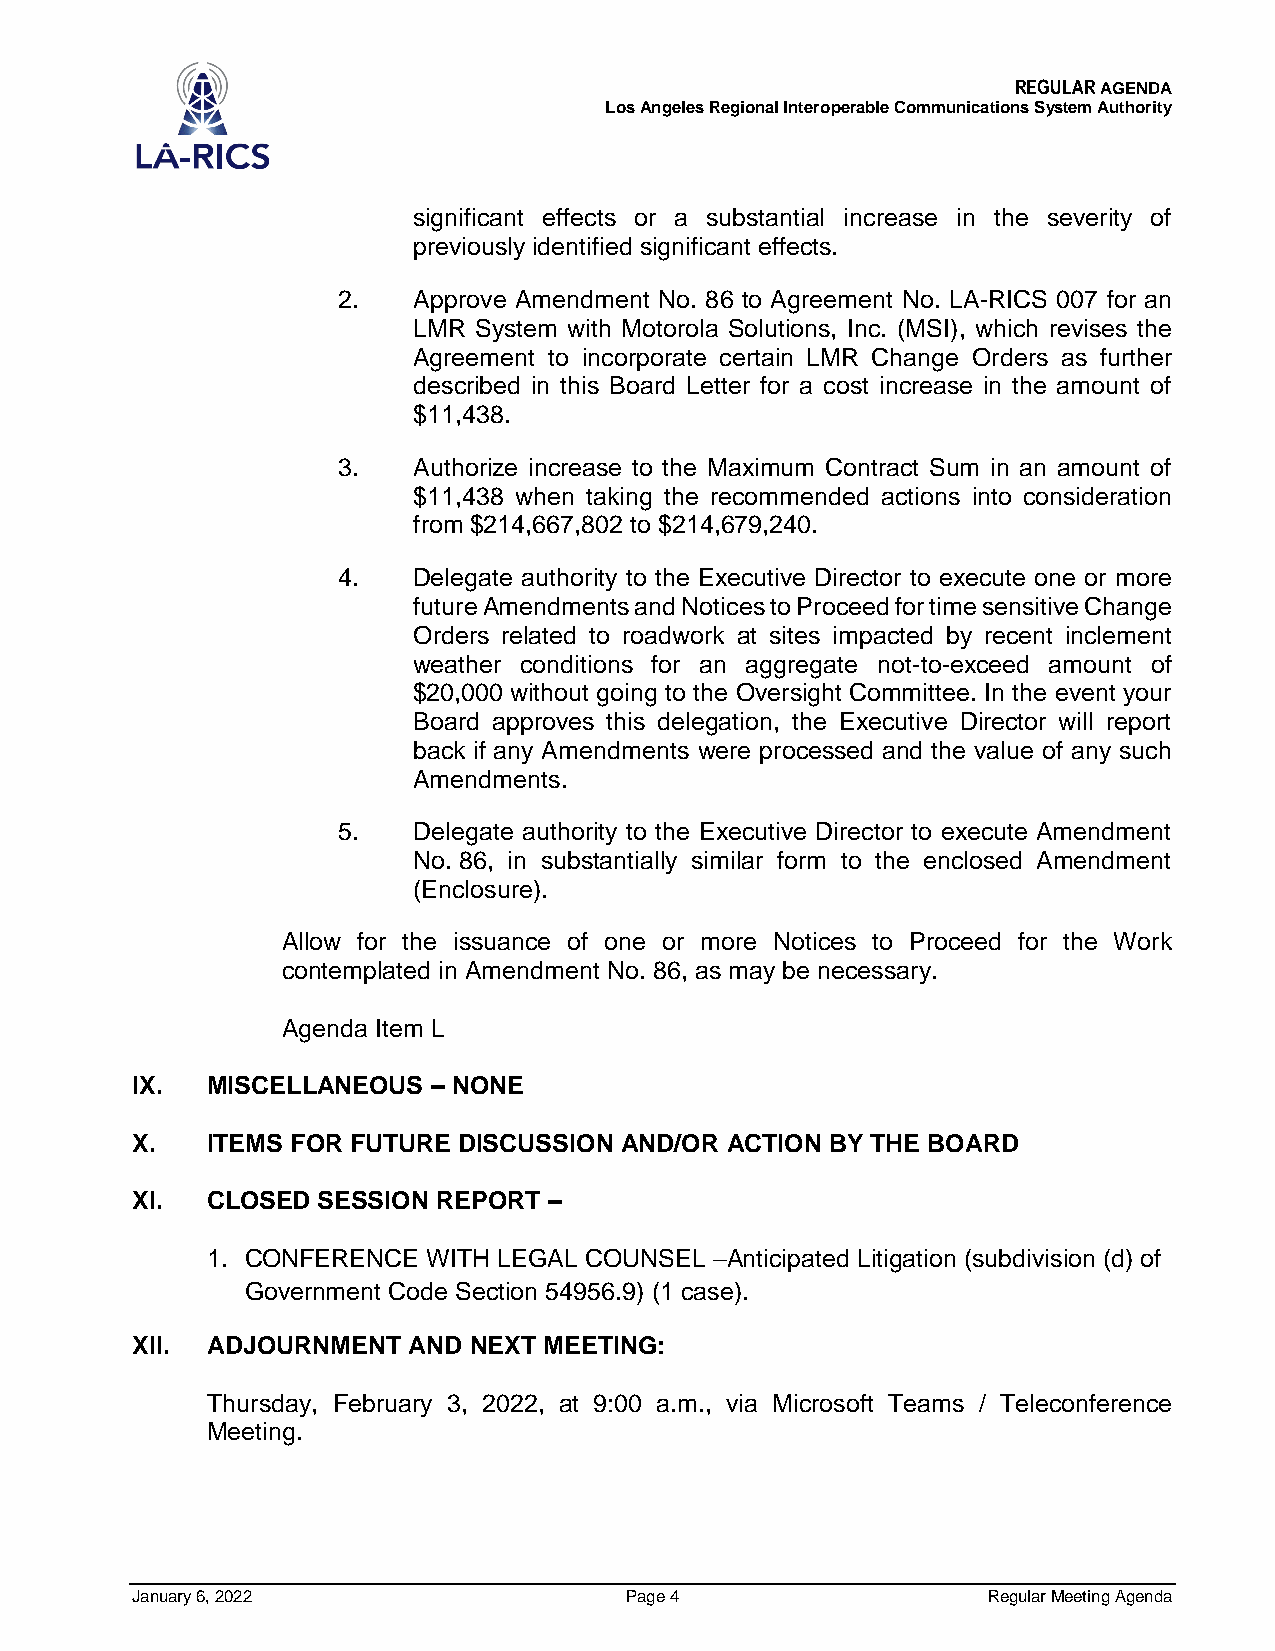
REGULAR AGENDA
 Los Angeles Regional Interoperable Communications System Authority
 significant effects or a substantial increase in the severity of
 previously identified significant effects.
 2.   Approve Amendment No. 86 to Agreement No. LA-RICS 007 for an
 LMR System with Motorola Solutions, Inc. (MSI), which revises the
 Agreement to incorporate certain LMR Change Orders as further
 described in this Board Letter for a cost increase in the amount of
 $11,438.
 3.   Authorize increase to the Maximum Contract Sum in an amount of
 $11,438 when taking the recommended actions into consideration
 from $214,667,802 to $214,679,240.
 4.   Delegate authority to the Executive Director to execute one or more
 future Amendments and Notices to Proceed for time sensitive Change
 Orders related to roadwork at sites impacted by recent inclement
 weather conditions for an aggregate not-to-exceed amount of
 $20,000 without going to the Oversight Committee. In the event your
 Board approves this delegation, the Executive Director will report
 back if any Amendments were processed and the value of any such
 Amendments.
 5.   Delegate authority to the Executive Director to execute Amendment
 No. 86, in substantially similar form to the enclosed Amendment
 (Enclosure).
 Allow for the issuance of one or more Notices to Proceed for the Work
 contemplated in Amendment No. 86, as may be necessary.
 Agenda Item L
 IX.  MISCELLANEOUS  – NONE
 X.   ITEMS FOR FUTURE DISCUSSION AND/OR ACTION BY THE BOARD
 XI.  CLOSED SESSION REPORT –
 1. CONFERENCE WITH LEGAL COUNSEL –Anticipated Litigation (subdivision (d) of
 Government Code Section 54956.9) (1 case).
 XII. ADJOURNMENT  AND NEXT MEETING:
 Thursday, February 3, 2022, at 9:00 a.m., via Microsoft Teams / Teleconference
 Meeting.
 January 6, 2022                 Page 4                  Regular Meeting Agenda